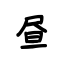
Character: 昼